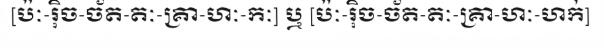
[ប៉ៈ-រ៉ិច-ច័ត-តៈ-គ្រា-ហៈ-កៈ] ឬ [ប៉ៈ-រ៉ិច-ច័ត-តៈ-គ្រា-ហៈ-ហក់]